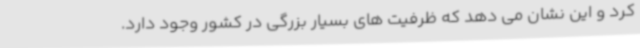
کرد و این نشان می دهد که ظرفیت های بسیار بزرگی در کشور وجود دارد.